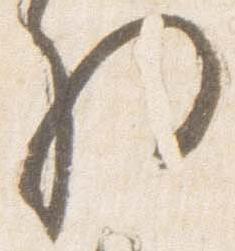
将